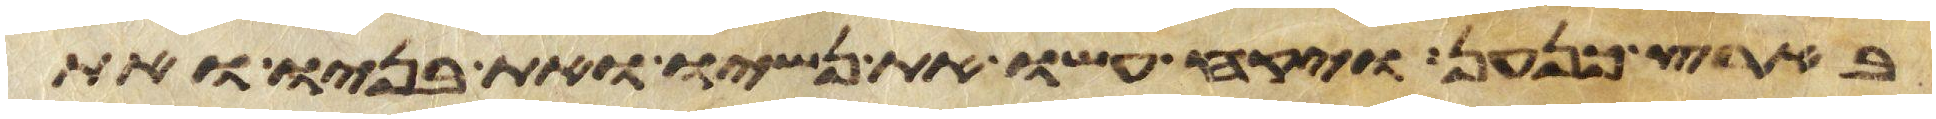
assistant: בארץ כנען ויקח עשו את נשיו ואת בניו ואת